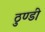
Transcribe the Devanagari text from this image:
ठुण्डी